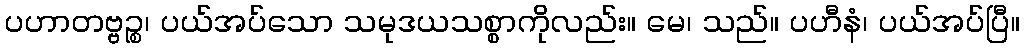
ပဟာတဗ္ဗဉ္စ၊ ပယ်အပ်သော သမုဒယသစ္စာကိုလည်း။ မေ၊ သည်။ ပဟီနံ၊ ပယ်အပ်ပြီ။